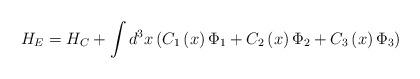
LaTeX: \begin{align*}H_E=H_C+\int d^3x\left( C_1\left( x\right) \Phi _1+C_2\left( x\right) \Phi_2+C_3\left( x\right) \Phi _3\right)\end{align*}